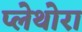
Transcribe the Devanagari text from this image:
प्लेथोरा